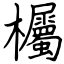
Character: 欘